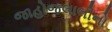
જાહોજલાલીનો